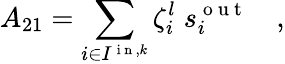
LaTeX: A_{21}=\sum_{i\in I^{\mathrm{~i~n~},k}}\zeta_{i}^{l}\; s_{i}^{\mathrm{~o~u~t~}}\quad,